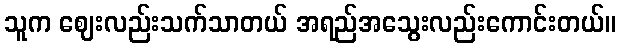
သူက ဈေးလည်းသက်သာတယ် အရည်အသွေးလည်းကောင်းတယ်။